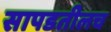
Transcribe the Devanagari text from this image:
सापडतीलच